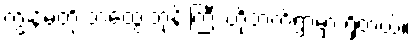
ကျွန်မတို့ ဘထွေးဘုန်းကြီး ဟိုဘက်ရွာမှာ ရှိတယ်။